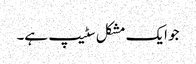
جو ایک مشکل سٹیپ ہے۔